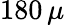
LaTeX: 180\, \mu